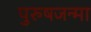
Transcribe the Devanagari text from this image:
पुरुषजन्मा